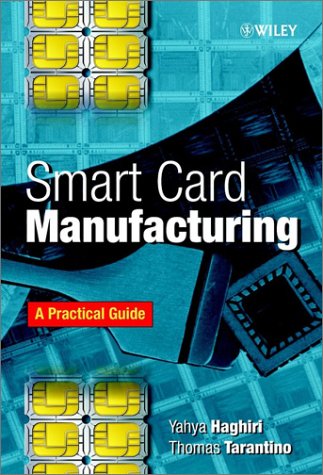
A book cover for Smart Card Manufacturing: A Practical Guide; Yahya Haghiri; Computers & Technology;